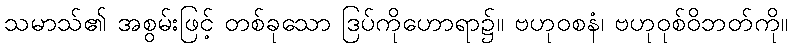
သမာသ်၏ အစွမ်းဖြင့် တစ်ခုသော ဒြပ်ကိုဟောရာ၌။ ဗဟုဝစနံ၊ ဗဟုဝုစ်ဝိဘတ်ကို။